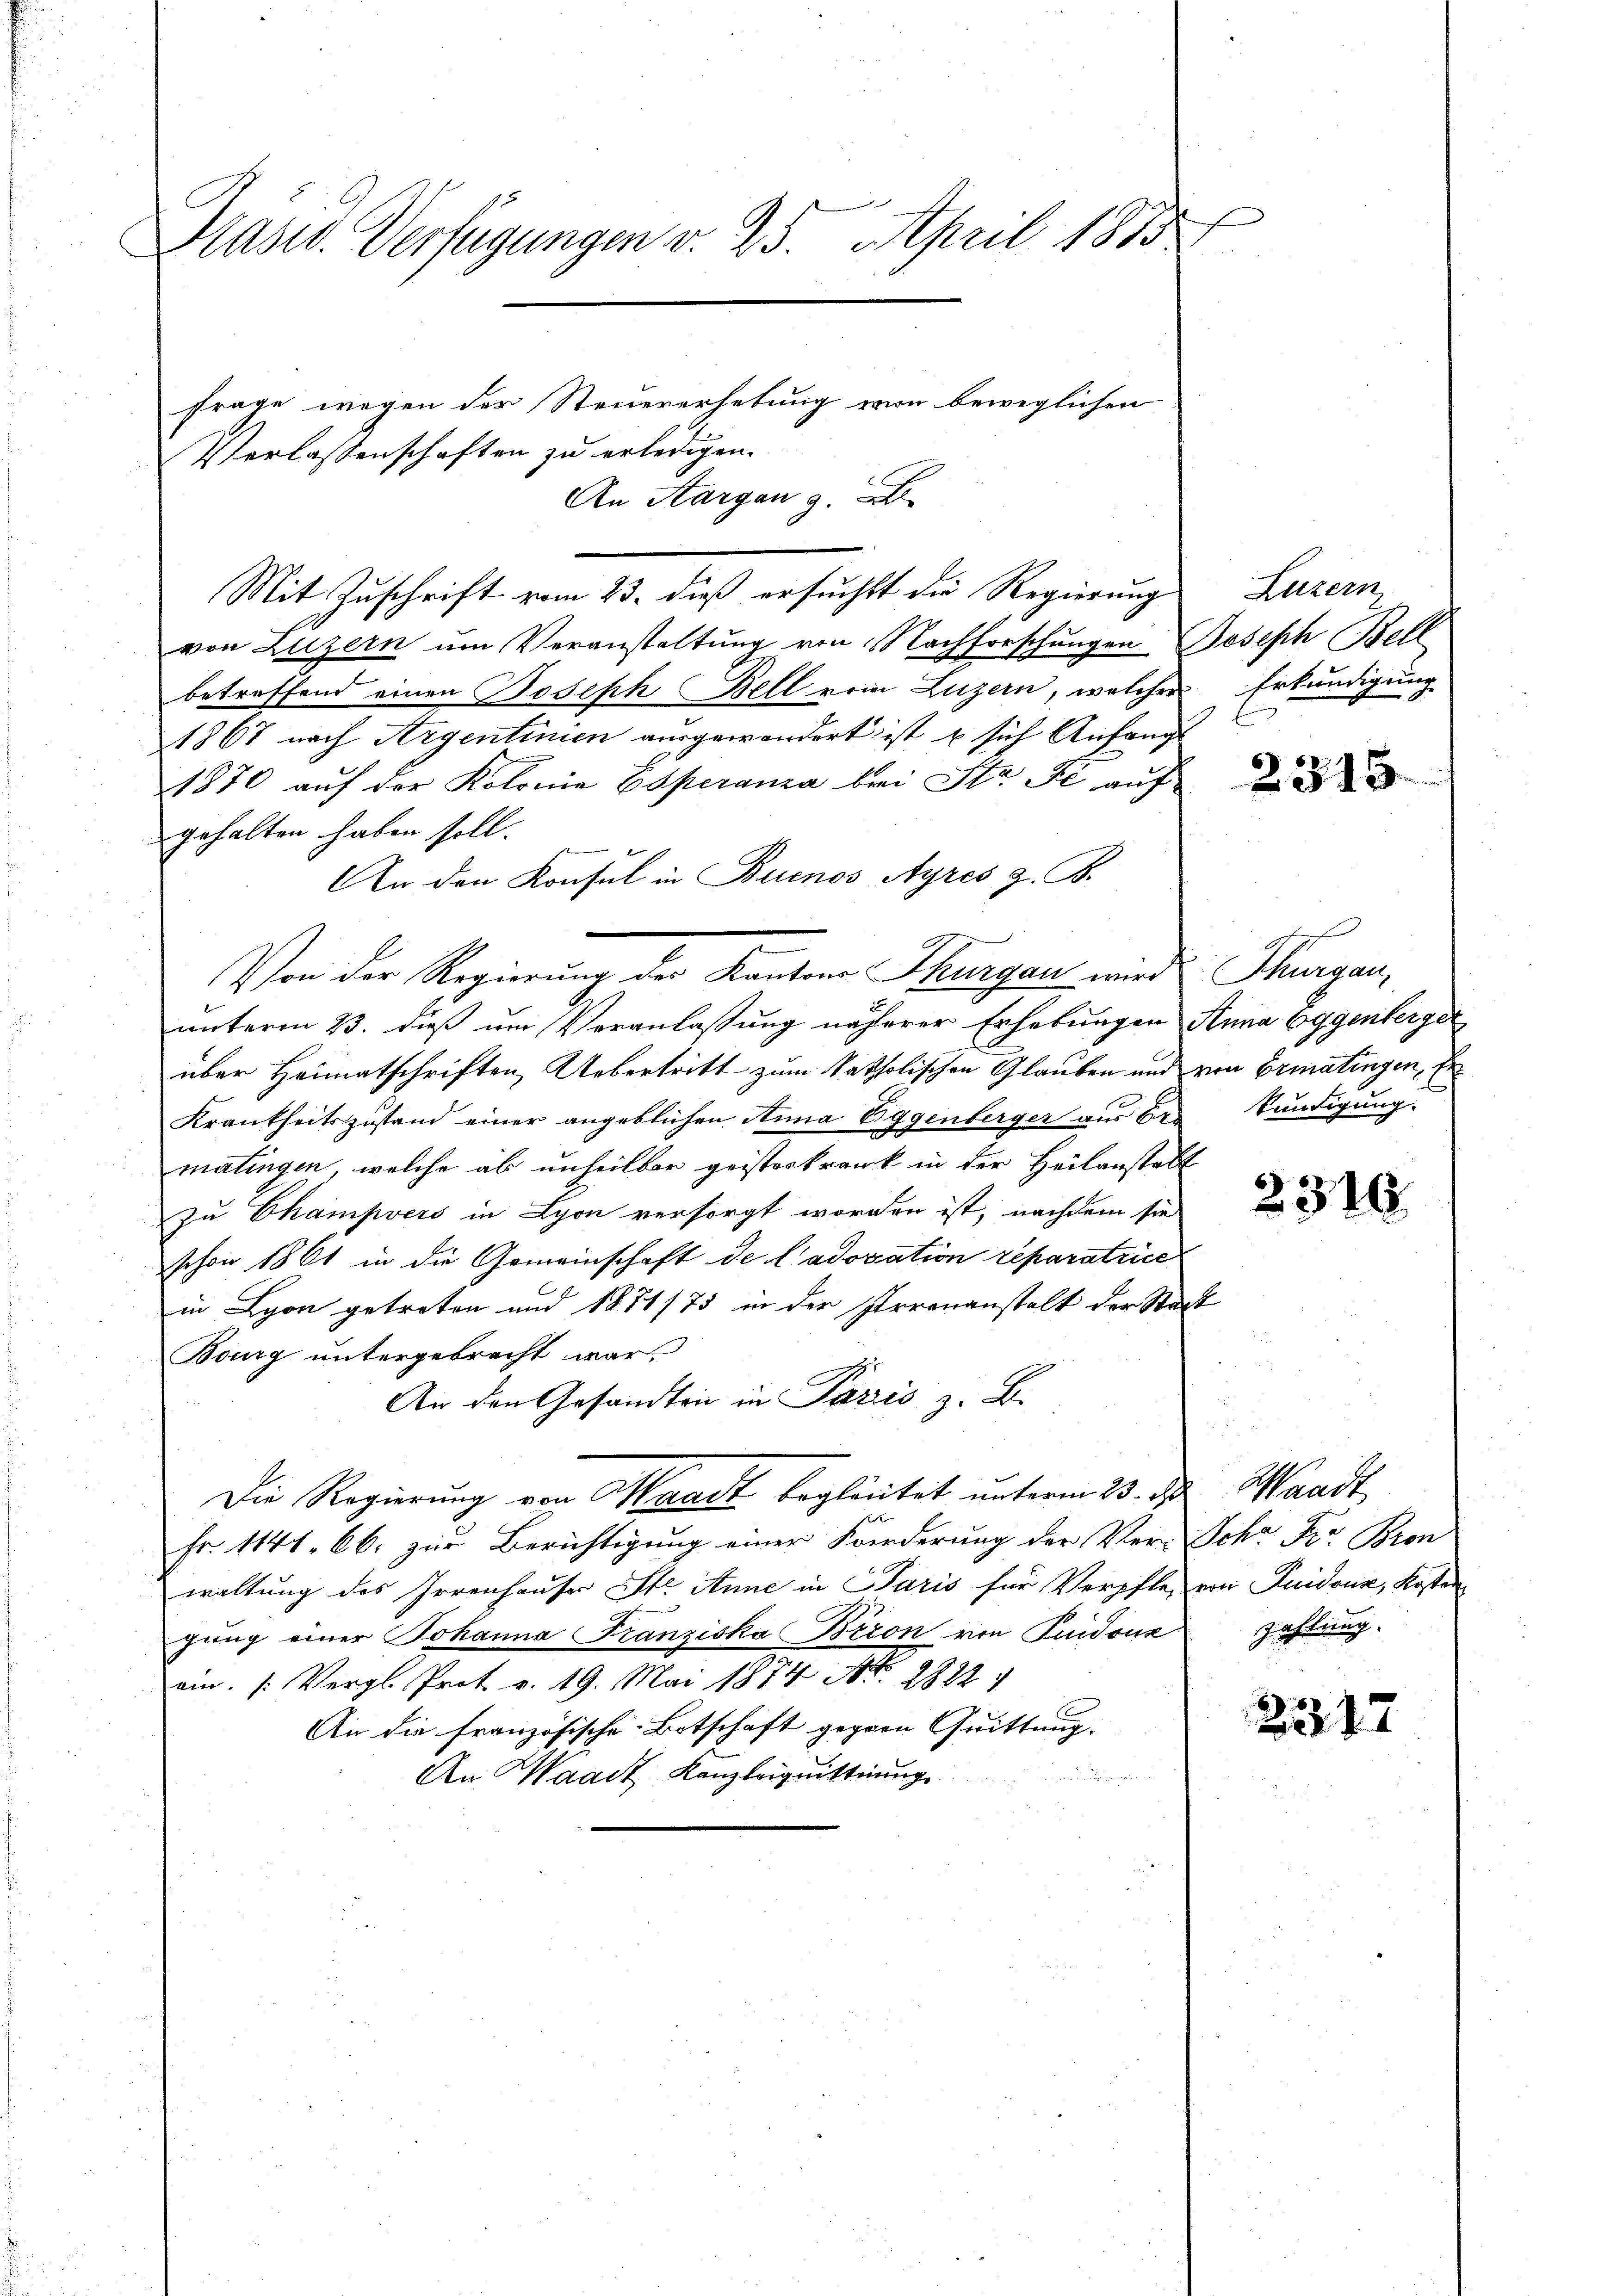
Kasw. Verfügungen v. 25. April 1875

frage wegen der Steuererhebung von beweglichen
Verlassenschaften zu erledigen.
An Aargau z. B.
Mit Zuschrift vom 23. dieß ersucht die Regierung
von Luzern ŭm Veranstaltung von Nachforschŭngen Joseph Bell
betreffend einen Boseph Bell vom Luzern, welcher
1867 nach Argentinien ausgewandert ist u sich Anfang
1870 auf der Kolonie Esperanza bei Sta Fe auf
gehalten haben soll.
An den Konsul in Buenos Ayres z. B.
unterm 23. dieß um Veranlassung näherer Erhebungen Anna Eggenberger
über Heimatschriften Uebertritt zum katholischen Glauben und von Ermatingen, Er¬
Krankheitszustand einer angeblichen Anna Eggenberger aus bekundigung.
matingen, welche ab unheilbar geisterkrank in der Heilanstalt
zu Champvers in Lyon versorgt worden ist, nachdem sie
schon 1861 in die Gemeinschaft de l’adovation reparatrice
in Lyon getreten und 1871/75 in der Irrenanstalt der Stadt
Bourg untergebracht war
An den Gesandten in Paris z. B.
Die Regierung von Waadt begleitet unterm 23. ds.
Fr. 1144, 66. zur Berichtigung einer Forderung der Ver-Schr Fr. Bron
waltung des Irrenhauser Ste Anne in Paris für Verpfler von Guidous, Kosten
gung einer Johanna Franziska Beron von Quidouz
am. /: Vergl. Prot. v. 19. Mai 1874 Art. 2822
An die französische Botschaft gegen Quittung.
An Waadt Kanzleiquittirung

Von der Regierung der Kantons Thurgau wird Schurgau,

Luzern
Erkundigung

2315.

2310.

Waadt
zahlung.

2377